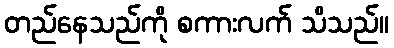
တည်နေသည်ကို စကားလက် သိသည်။